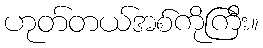
ဟုတ်တယ်အစ်ကိုကြီး။